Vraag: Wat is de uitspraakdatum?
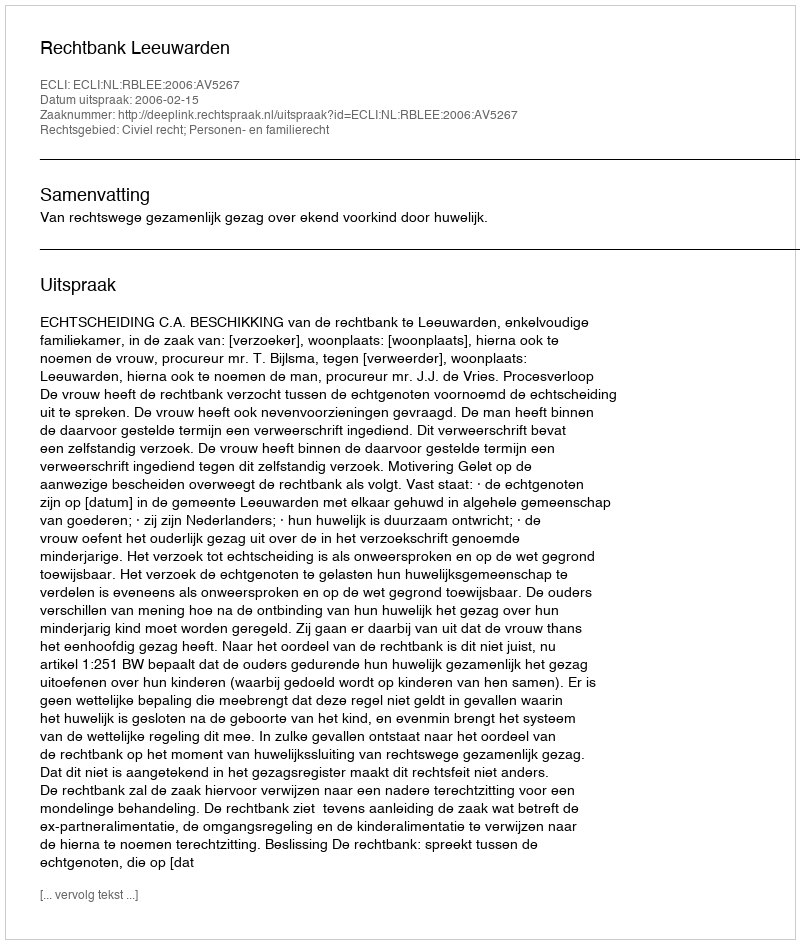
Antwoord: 2006-02-15